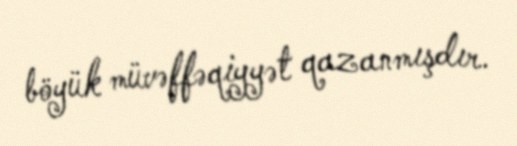
böyük müvəffəqiyyət qazanmışdır.